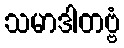
သမာဒါတဗ္ဗံ